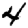
Digit: 4